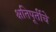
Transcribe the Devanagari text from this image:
क्षतिपूर्तीचे